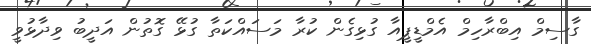
ގާސިމް އިބްރާހިމް އެމްޑީޕީއާ ގުޅިގެން ކުރާ މަސައްކަތާ ގުޅޭ ގޮތުން އަދީބު ވިދާޅުވީ